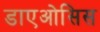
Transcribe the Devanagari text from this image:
डाएओसिस